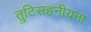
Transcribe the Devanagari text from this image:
त्रुटिसहनीयना